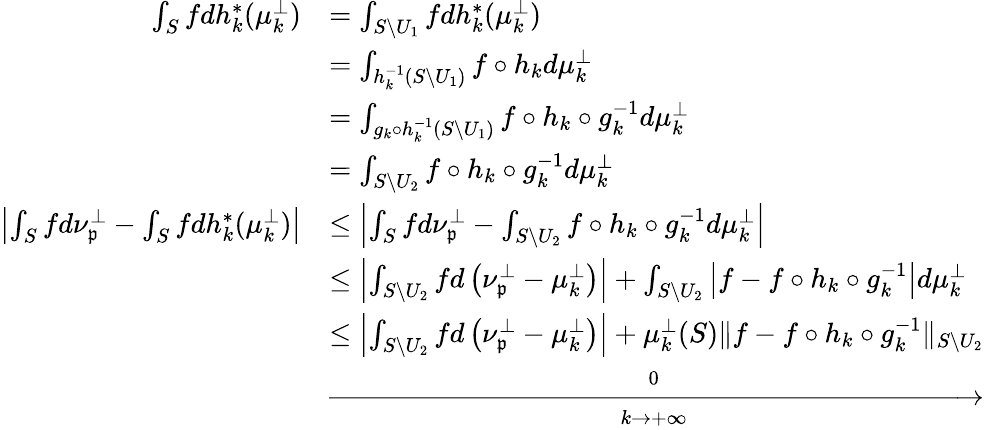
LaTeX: \begin{array}{rl}{\int_{S}fdh_{k}^{*}(\mu_{k}^{\perp})}&{=\int_{S\setminus U_{1}}fdh_{k}^{*}(\mu_{k}^{\perp})}\\ &{=\int_{h_{k}^{-1}(S\setminus U_{1})}f\circ h_{k}d\mu_{k}^{\perp}}\\ &{=\int_{g_{k}\circ h_{k}^{-1}(S\setminus U_{1})}f\circ h_{k}\circ g_{k}^{-1}d\mu_{k}^{\perp}}\\ &{=\int_{S\setminus U_{2}}f\circ h_{k}\circ g_{k}^{-1}d\mu_{k}^{\perp}}\\ {\left|\int_{S}fd\nu_{\mathfrak{p}}^{\perp}-\int_{S}fdh_{k}^{*}(\mu_{k}^{\perp})\right|}&{\leq\left|\int_{S}fd\nu_{\mathfrak{p}}^{\perp}-\int_{S\setminus U_{2}}f\circ h_{k}\circ g_{k}^{-1}d\mu_{k}^{\perp}\right|}\\ &{\leq\left|\int_{S\setminus U_{2}}fd\left(\nu_{\mathfrak{p}}^{\perp}-\mu_{k}^{\perp}\right)\right|+\int_{S\setminus U_{2}}\left|f-f\circ h_{k}\circ g_{k}^{-1}\right|d\mu_{k}^{\perp}}\\ &{\leq\left|\int_{S\setminus U_{2}}fd\left(\nu_{\mathfrak{p}}^{\perp}-\mu_{k}^{\perp}\right)\right|+\mu_{k}^{\perp}(S)\| f-f\circ h_{k}\circ g_{k}^{-1}\| _{S\setminus U_{2}}}\\ &{\xrightarrow[k\to+\infty]0}\end{array}